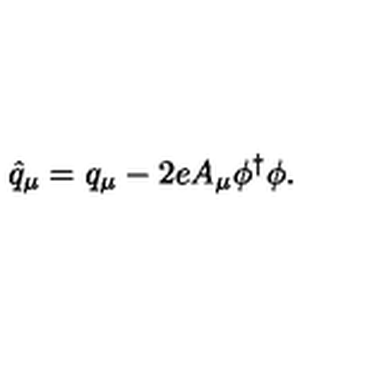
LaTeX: \hat { q } _ { \mu } = { q } _ { \mu } - 2 e A _ { \mu } \phi ^ { \dagger } \phi .